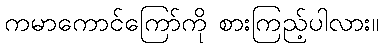
ကမာကောင်ကြော်ကို စားကြည့်ပါလား။